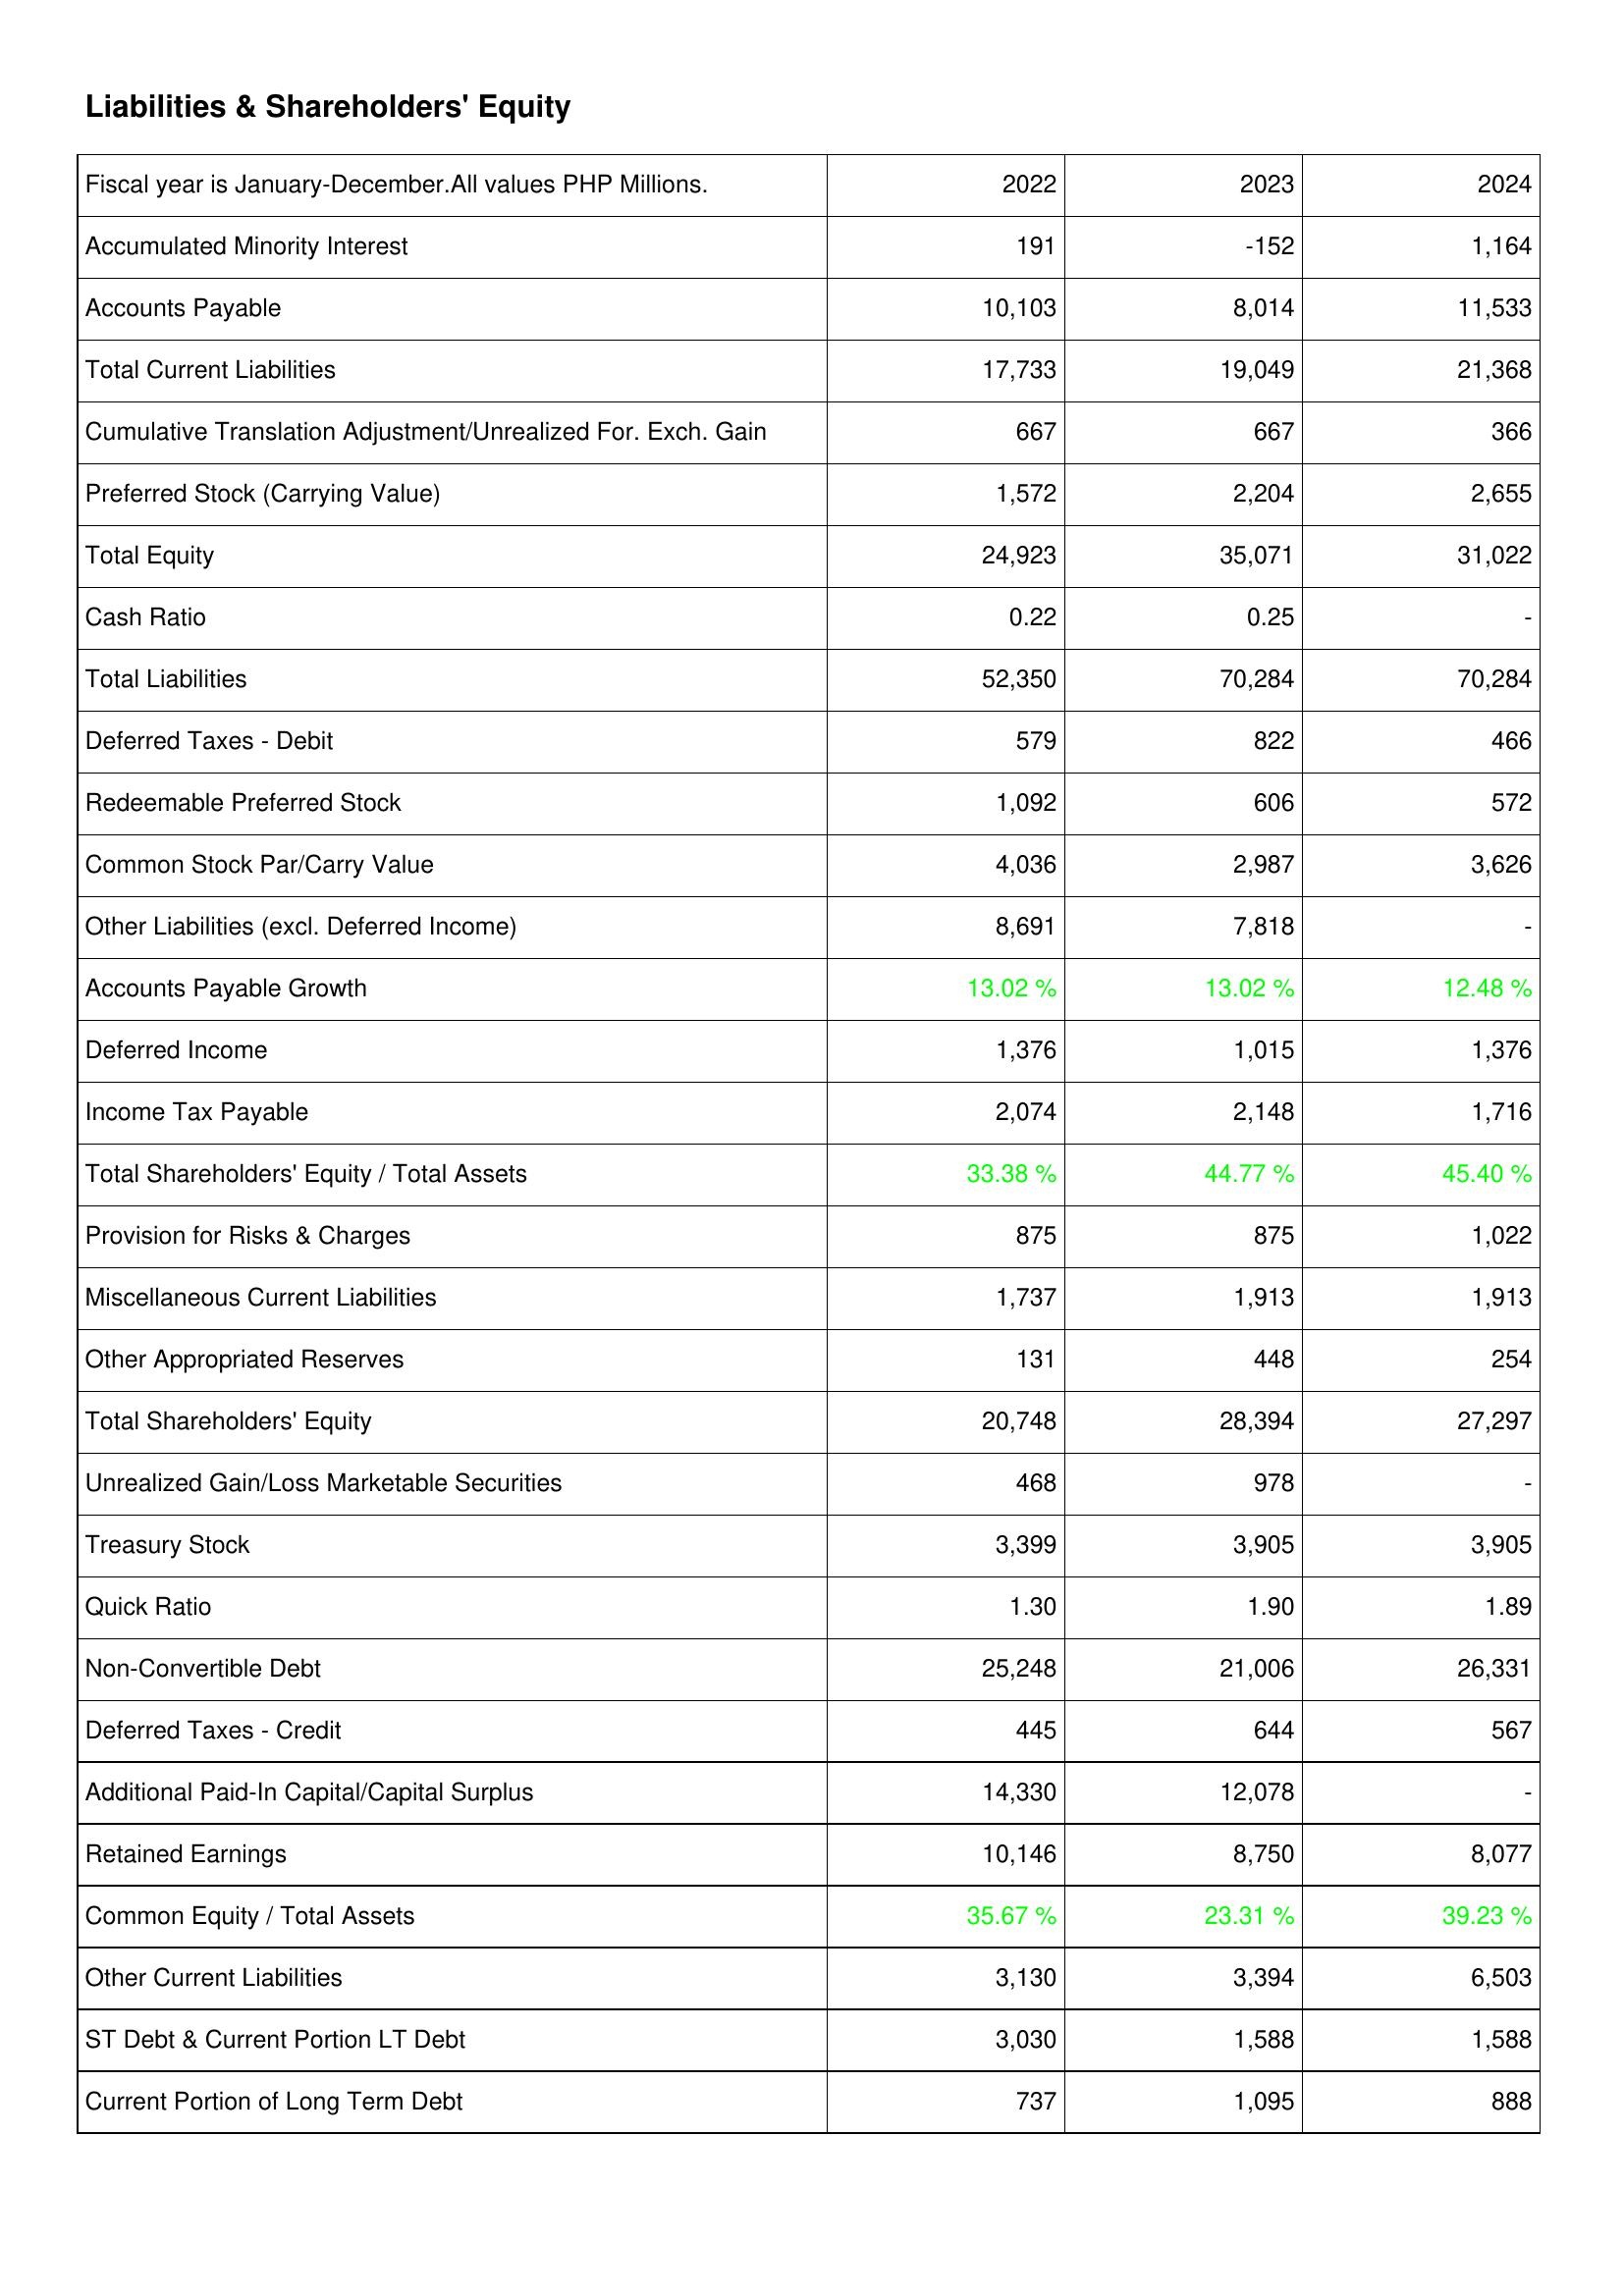
2022: Liabilities & Shareholders' Equity: Accumulated Minority Interest: 191
Accounts Payable: 10,103
Total Current Liabilities: 17,733
Cumulative Translation Adjustment/Unrealized For. Exch. Gain: 667
Preferred Stock (Carrying Value): 1,572
Total Equity: 24,923
Cash Ratio: 0.22
Total Liabilities: 52,350
Deferred Taxes - Debit: 579
Redeemable Preferred Stock: 1,092
Common Stock Par/Carry Value: 4,036
Other Liabilities (excl. Deferred Income): 8,691
Accounts Payable Growth: 13.02 %
Deferred Income: 1,376
Income Tax Payable: 2,074
Total Shareholders' Equity / Total Assets: 33.38 %
Provision for Risks & Charges: 875
Miscellaneous Current Liabilities: 1,737
Other Appropriated Reserves: 131
Total Shareholders' Equity: 20,748
Unrealized Gain/Loss Marketable Securities: 468
Treasury Stock: 3,399
Quick Ratio: 1.30
Non-Convertible Debt: 25,248
Deferred Taxes - Credit: 445
Additional Paid-In Capital/Capital Surplus: 14,330
Retained Earnings: 10,146
Common Equity / Total Assets: 35.67 %
Other Current Liabilities: 3,130
ST Debt & Current Portion LT Debt: 3,030
Current Portion of Long Term Debt: 737
2023: Liabilities & Shareholders' Equity: Accumulated Minority Interest: -152
Accounts Payable: 8,014
Total Current Liabilities: 19,049
Cumulative Translation Adjustment/Unrealized For. Exch. Gain: 667
Preferred Stock (Carrying Value): 2,204
Total Equity: 35,071
Cash Ratio: 0.25
Total Liabilities: 70,284
Deferred Taxes - Debit: 822
Redeemable Preferred Stock: 606
Common Stock Par/Carry Value: 2,987
Other Liabilities (excl. Deferred Income): 7,818
Accounts Payable Growth: 13.02 %
Deferred Income: 1,015
Income Tax Payable: 2,148
Total Shareholders' Equity / Total Assets: 44.77 %
Provision for Risks & Charges: 875
Miscellaneous Current Liabilities: 1,913
Other Appropriated Reserves: 448
Total Shareholders' Equity: 28,394
Unrealized Gain/Loss Marketable Securities: 978
Treasury Stock: 3,905
Quick Ratio: 1.90
Non-Convertible Debt: 21,006
Deferred Taxes - Credit: 644
Additional Paid-In Capital/Capital Surplus: 12,078
Retained Earnings: 8,750
Common Equity / Total Assets: 23.31 %
Other Current Liabilities: 3,394
ST Debt & Current Portion LT Debt: 1,588
Current Portion of Long Term Debt: 1,095
2024: Liabilities & Shareholders' Equity: Accumulated Minority Interest: 1,164
Accounts Payable: 11,533
Total Current Liabilities: 21,368
Cumulative Translation Adjustment/Unrealized For. Exch. Gain: 366
Preferred Stock (Carrying Value): 2,655
Total Equity: 31,022
Cash Ratio: -
Total Liabilities: 70,284
Deferred Taxes - Debit: 466
Redeemable Preferred Stock: 572
Common Stock Par/Carry Value: 3,626
Other Liabilities (excl. Deferred Income): -
Accounts Payable Growth: 12.48 %
Deferred Income: 1,376
Income Tax Payable: 1,716
Total Shareholders' Equity / Total Assets: 45.40 %
Provision for Risks & Charges: 1,022
Miscellaneous Current Liabilities: 1,913
Other Appropriated Reserves: 254
Total Shareholders' Equity: 27,297
Unrealized Gain/Loss Marketable Securities: -
Treasury Stock: 3,905
Quick Ratio: 1.89
Non-Convertible Debt: 26,331
Deferred Taxes - Credit: 567
Additional Paid-In Capital/Capital Surplus: -
Retained Earnings: 8,077
Common Equity / Total Assets: 39.23 %
Other Current Liabilities: 6,503
ST Debt & Current Portion LT Debt: 1,588
Current Portion of Long Term Debt: 888